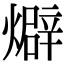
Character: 𤐙